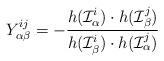
LaTeX: \begin{align*}Y_{\alpha\beta}^{ij}=-\frac{h(\mathcal{I}_{\alpha}^{i})\cdot h(\mathcal{I}_{\beta}^{j})}{h(\mathcal{I}_{\beta}^{i})\cdot h(\mathcal{I}_{\alpha}^{j})}\end{align*}